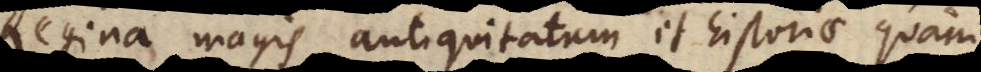
regina magis antiquitatis et historiae quam